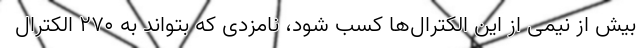
بیش از نیمی از این الکترال‌ها کسب شود، نامزدی که بتواند به ۲۷۰ الکترال